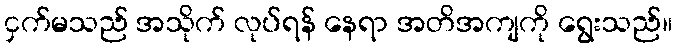
ငှက်မသည် အသိုက် လုပ်ရန် နေရာ အတိအကျကို ရွေးသည်။